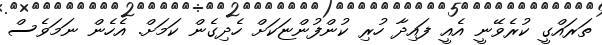
ތަރައްގީ ކުރެވޭނީ އެއީ ފައިދާ ހުރި ކުންފުންޏަކަށް ހެދިގެން ކަަމަށް. އެހެން ނަަމަވެސް